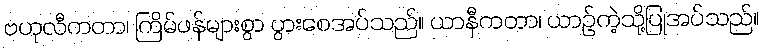
ဗဟုလီကတာ၊ ကြိမ်ဖန်များစွာ ပွားစေအပ်သည်။ ယာနီကတာ၊ ယာဉ်ကဲ့သို့ပြုအပ်သည်။